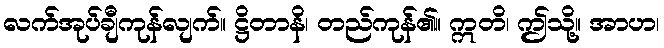
လက်အုပ်ချီကုန်လျက်။ ဋ္ဌိတာနိ၊ တည်ကုန်၏။ ဣတိ၊ ဤသို့။ အာဟ၊